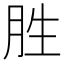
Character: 胜